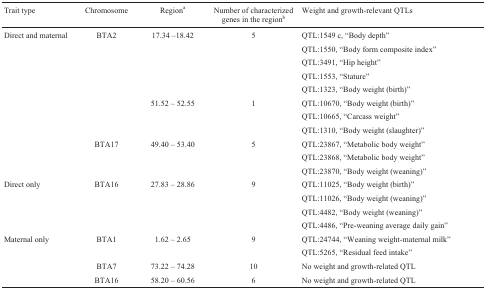
<table><thead><tr><td><b>Trait type</b></td><td><b>Chromosome</b></td><td><b>Regiona</b></td><td><b>Number of characterized genes in theregionb</b></td><td><b>Weight and growth-relevant QTLs</b></td></tr></thead><tbody><tr><td>Direct and maternal</td><td>BTA2</td><td>17.34 −18.42</td><td>5</td><td>QTL:1549 c, “Body depth”</td></tr><tr><td></td><td></td><td></td><td></td><td>QTL:1550, “Body form compositeindex”</td></tr><tr><td></td><td></td><td></td><td></td><td>QTL:3491, “Hip height”</td></tr><tr><td></td><td></td><td></td><td></td><td>QTL:1553, “Stature”</td></tr><tr><td></td><td></td><td></td><td></td><td>QTL:1323, “Body weight (birth)”</td></tr><tr><td></td><td></td><td>51.52 – 52.55</td><td>1</td><td>QTL:10670, “Body weight (birth)”</td></tr><tr><td></td><td></td><td></td><td></td><td>QTL:10665, “Carcass weight”</td></tr><tr><td></td><td></td><td></td><td></td><td>QTL:1310, “Body weight(slaughter)”</td></tr><tr><td></td><td>BTA17</td><td>49.40 – 53.40</td><td>5</td><td>QTL:23867, “Metabolic bodyweight”</td></tr><tr><td></td><td></td><td></td><td></td><td>QTL:23868, “Metabolic bodyweight”</td></tr><tr><td></td><td></td><td></td><td></td><td>QTL:23870, “Body weight(weaning)”</td></tr><tr><td>Direct only</td><td>BTA16</td><td>27.83 – 28.86</td><td>9</td><td>QTL:11025, “Body weight (birth)”</td></tr><tr><td></td><td></td><td></td><td></td><td>QTL:11026, “Body weight(weaning)”</td></tr><tr><td></td><td></td><td></td><td></td><td>QTL:4482, “Body weight (weaning)”</td></tr><tr><td></td><td></td><td></td><td></td><td>QTL:4486, “Pre-weaning average dailygain”</td></tr><tr><td>Maternal only</td><td>BTA1</td><td>1.62 – 2.65</td><td>9</td><td>QTL:24744, “Weaning weight-maternalmilk”</td></tr><tr><td></td><td></td><td></td><td></td><td>QTL:5265, “Residual feed intake”</td></tr><tr><td></td><td>BTA7</td><td>73.22 – 74.28</td><td>10</td><td>No weight and growth-related QTL</td></tr><tr><td></td><td>BTA16</td><td>58.20 – 60.56</td><td>6</td><td>No weight and growth-related QTL</td></tr></tbody></table>